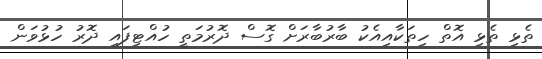
ތެޅި ތެޅި އޮތް ހިތަކާއިއެކު ބާރުބާރަށް ގޮސް ދޮރުމަތީ ހުއްޓިފައި ދޮރު ހުޅުވަން